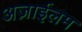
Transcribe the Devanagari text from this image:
अज़ाईलम